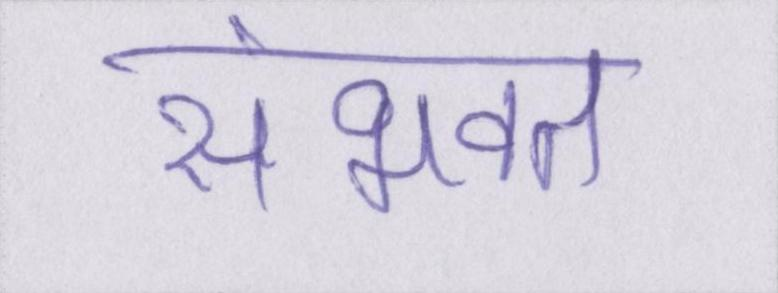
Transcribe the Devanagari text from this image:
संभवत